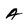
Character: A